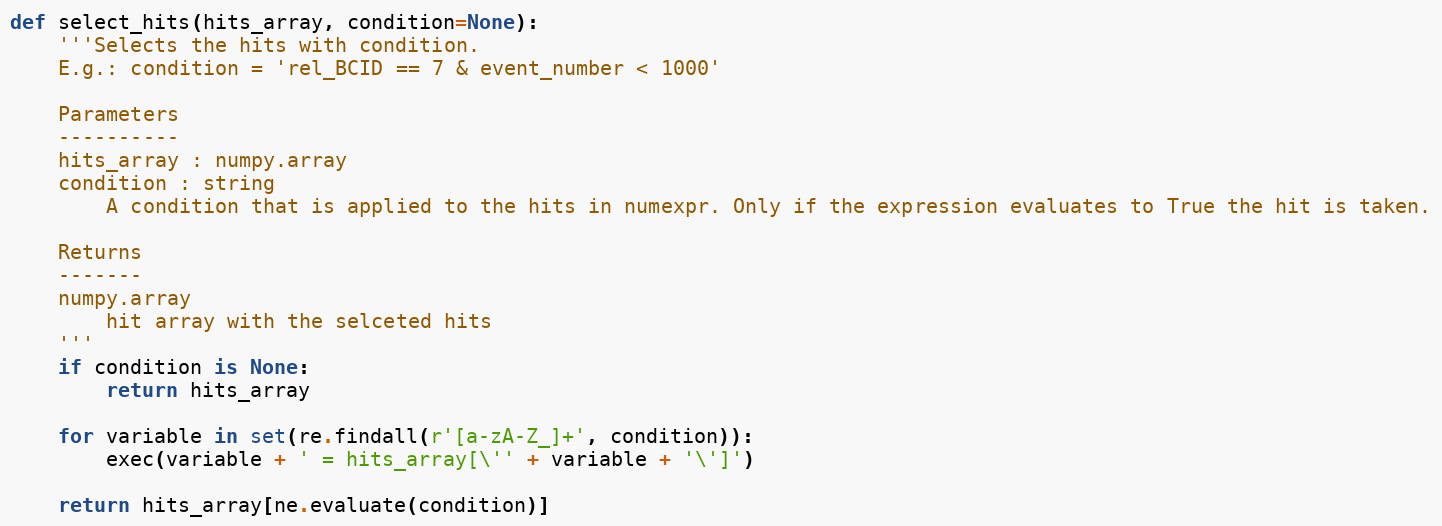
Language: Python
def select_hits(hits_array, condition=None):
    '''Selects the hits with condition.
    E.g.: condition = 'rel_BCID == 7 & event_number < 1000'

    Parameters
    ----------
    hits_array : numpy.array
    condition : string
        A condition that is applied to the hits in numexpr. Only if the expression evaluates to True the hit is taken.

    Returns
    -------
    numpy.array
        hit array with the selceted hits
    '''
    if condition is None:
        return hits_array

    for variable in set(re.findall(r'[a-zA-Z_]+', condition)):
        exec(variable + ' = hits_array[\'' + variable + '\']')

    return hits_array[ne.evaluate(condition)]